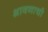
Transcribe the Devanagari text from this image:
श्रावणाची